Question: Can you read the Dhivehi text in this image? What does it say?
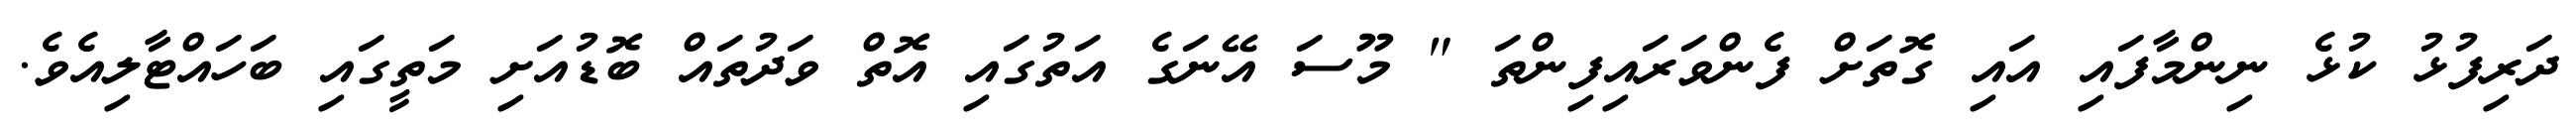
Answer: ދަރިފުޅު ކުޅެ ނިންމާފައި އައި ގޮތަށް ފެންވަރައިފިންތަ " މޫސަ އޭނަގެ އަތުގައި އޮތް ވަދުތައް ބޮޑުއަށި މަތީގައި ބަހައްޓާލިއެވެ.